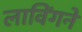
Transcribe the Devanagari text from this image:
लाविंगने